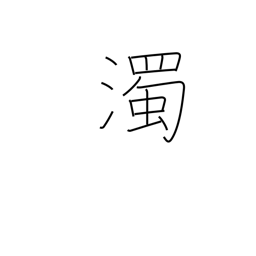
Meaning: voiced